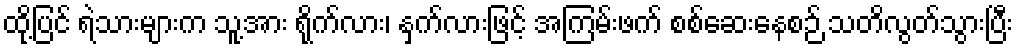
ထို့ပြင် ရဲသားများက သူ့အား ရိုက်လား၊ နှက်လားဖြင့် အကြမ်းဖက် စစ်ဆေးနေစဉ် သတိလွတ်သွားပြီး